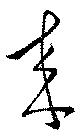
来